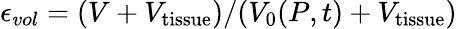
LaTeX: \epsilon_{vol}=(V+V_{\mathrm{tissue}})/(V_{\mathrm{0}}(P,t)+V_{\mathrm{tissue}})